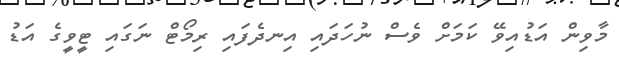
މާވިން އަޑުއިވޭ ކަމަށް ވެސް ނުހަދައި އިނދެފައި ރިމޯޓް ނަގައި ޓީވީގެ އަޑު